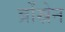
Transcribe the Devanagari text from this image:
ब्रोंस्नेन